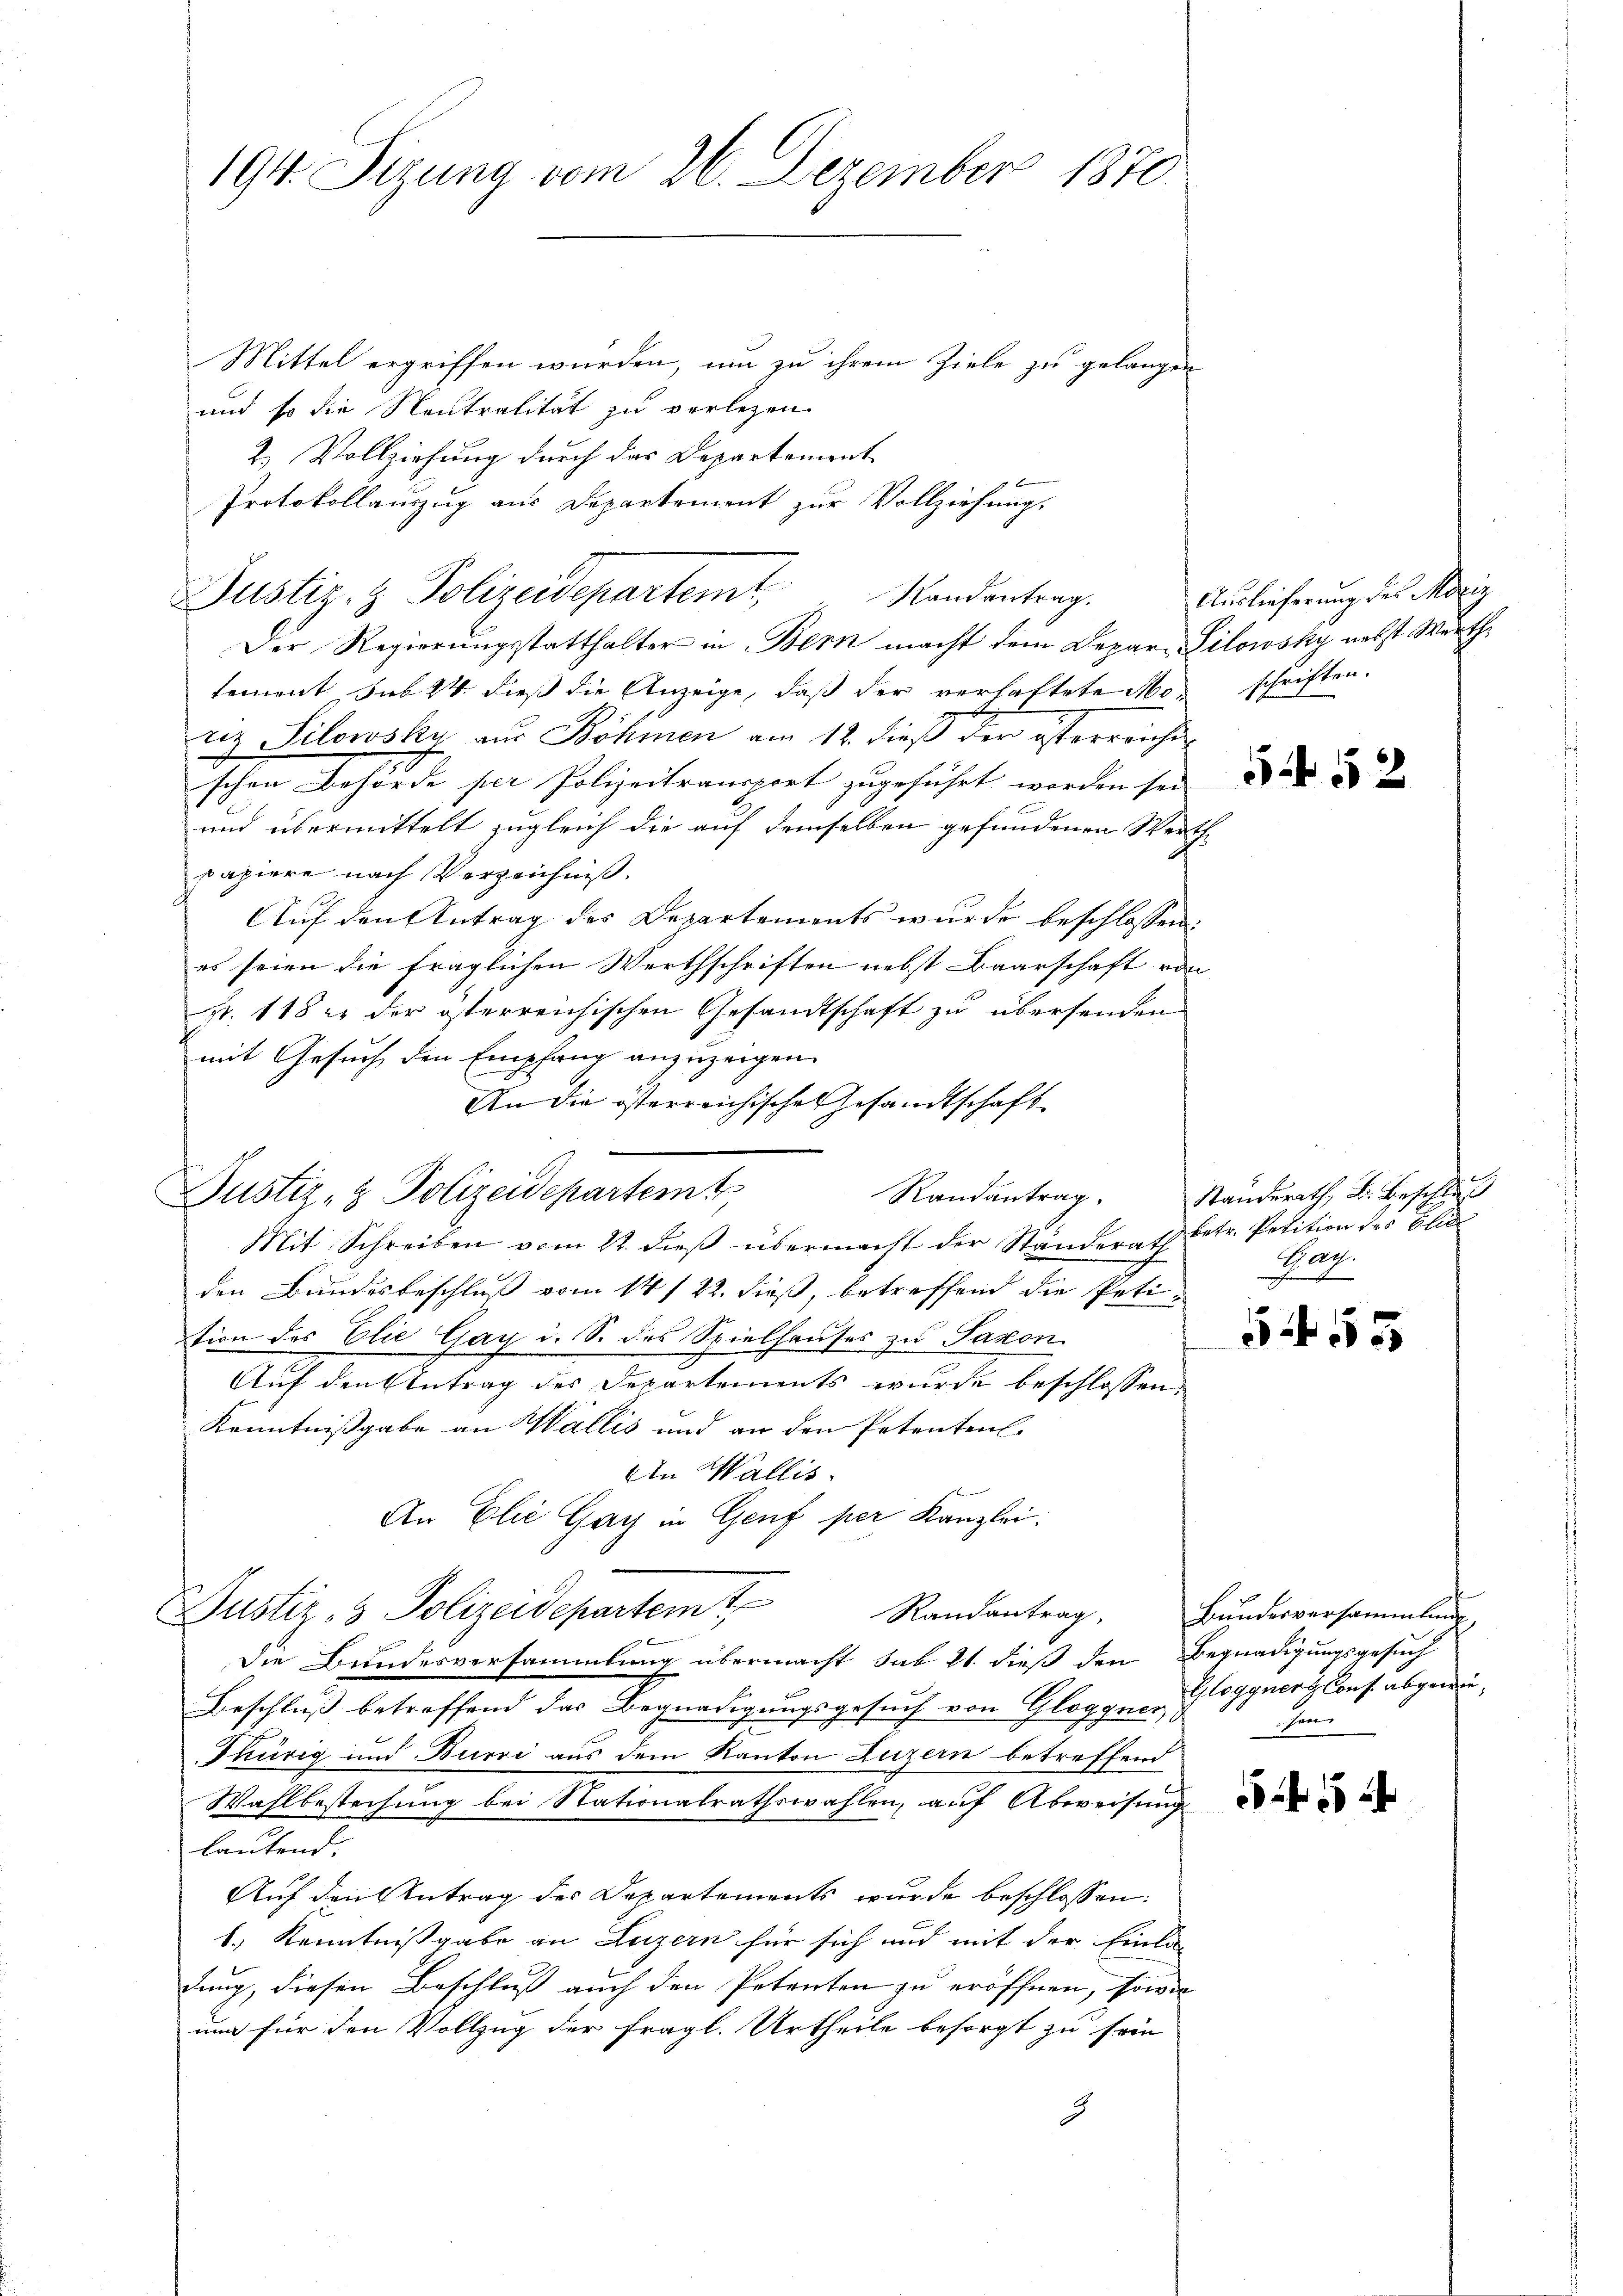
Mittel ergriffen würden, um zu ihrem Ziele zu gelangen
und so die Neutralität zu verlegen
2. Vollziehung durch das Departement
Protokollauszug aus Departement zur Vollziehung,
Der Regierungsstatthalter in Bern macht dem Depar-Silowsky nebst Werthtement sub 14 dieß die Anzeige, daß der verlastete Mo- schriften.
rez Silowsky aus Böhmen am 12. dieß der österreicht
3
schen Behörde per Polizeitransport zugeführt worden sei
und übermittelt zugleich die auf demselben gefundenen Werthpapiere nach Verzeichniß.
Auf den Antrag des Departements wurde beschlossen:
es seien die fraglichen Werthschriften nebst Baarschaft von
pr. 118 er der österreichischen Gesandtschaft zu übersenden
mit Gesuch den Empfang anzuzeigen.
An die österreichische Gesandtschaft
Justiz- & Polizeidepartem
Mit Schreiben vom 22. dieβ übermacht der Ständerath betr. Petition des Elis
den Bundesbeschluß vom 14/22. dieß, betreffend die Petition des Elie Gay i. S. des Spielhauses zu Saxon
d
Auf den Antrag des Departements wurde beschlossen,
Kenntnissgabe an Wallis und an den Petenten.
An Wallis.
An Elie Gay in Genf per Kanzlei.
Justiz- & Polizeidepartem t
Randantrag, Bundesversammlung
Die Bundesversammlung übermacht sub 21. dieß den Begnadigungsgesuch
Beschluß betreffend das Begnadigungsgesuch von Glogguer, Gloggnorglons abgewie¬
Thürig und Burri aus dem Kanton Luzern betreffend
Wahlbestechung bei Nationalrathswahlen, auf Abweisung
lautend.
Auf den Antrag des Departements wurde beschlossen:
l.) Kenntnißgabe an Luzern für sich und mit der Einladung, diesen Beschluß auch den Petenten zu eröffnen, sowie
und für den Vollzug der fragl. Urtheile besorgt zu sein
2

194. Sizung vom 26. Dezember 1870.

Justiz- & Polizeidepartemt,

Randantrag.

Randantrag.

Auslieferung des Moriz

5452

Standerath d. Beschluß
Gar.

5 f 55

sen

5